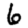
Digit: 6